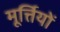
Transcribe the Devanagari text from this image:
मूर्त्तियों